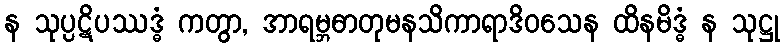
န သုပ္ပဋိပဿဒ္ဓံ ကတွာ, အာရမ္ဘဓာတုမနသိကာရာဒိဝသေန ထိနမိဒ္ဓံ န သုဋ္ဌု